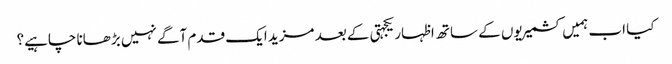
کیا اب ہمیں کشمیریوں کے ساتھ اظہار یکجہتی کے بعد مزید ایک قدم آگے نہیں بڑھانا چاہیے؟